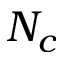
N _ { c }